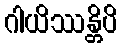
ဂါယိဿန္တိပိ